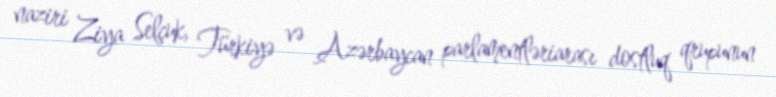
naziri Ziya Selçuk, Türkiyə və Azərbaycan parlamentləriarası dostluq qrupunun